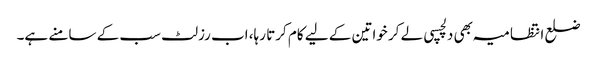
ضلع انتظامیہ بھی دلچسپی لے کر خواتین کے لیے کام کرتا رہا، اب رزلٹ سب کے سامنے ہے۔